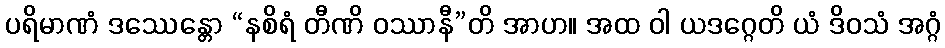
ပရိမာဏံ ဒဿေန္တော “နစိရံ တီဏိ ဝဿာနီ”တိ အာဟ။ အထ ဝါ ယဒဂ္ဂေတိ ယံ ဒိဝသံ အဂ္ဂံ